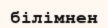
білімнен